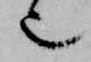
也